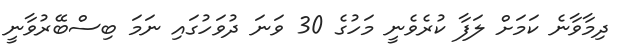
ދިމާވާނެ ކަމަށް ލަފާ ކުރެވެނީ މަހުގެ 30 ވަނަ ދުވަހުގައި ނަމަ ބިސްބޭރުވާނީ